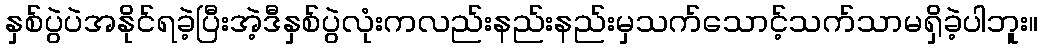
နှစ်ပွဲပဲအနိုင်ရခဲ့ပြီးအဲ့ဒီနှစ်ပွဲလုံးကလည်းနည်းနည်းမှသက်သောင့်သက်သာမရှိခဲ့ပါဘူး။